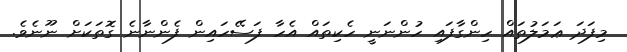
މިފަދަ ޢަަމަލުތައް ހިންގާފައި ހުންނަނީ ހެކިތައް އެހާ ފަސޭހައިން ފެންނާނެ ގޮތަކަަށް ނޫނެވެ.